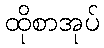
ထိုစာအုပ်